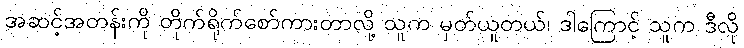
အဆင့်အတန်းကို တိုက်ရိုက်စော်ကားတာလို့ သူက မှတ်ယူတယ်၊ ဒါကြောင့် သူက ဒီလို